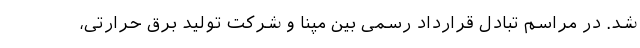
شد. در مراسم تبادل قرارداد رسمی بین مپنا و شرکت تولید برق حرارتی،